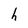
Character: h